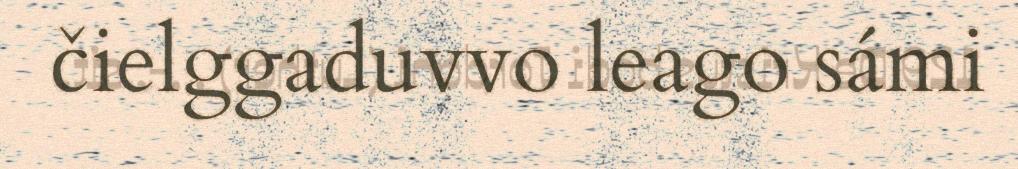
čielggaduvvo leago sámi